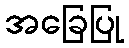
အခြေပြု